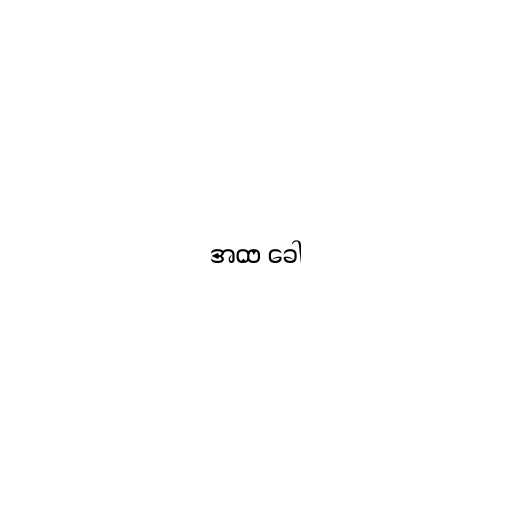
အထ ခေါ